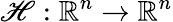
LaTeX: \mathscr{H}:\mathbb{{R}}^{n}\rightarrow\mathbb{{R}}^{n}